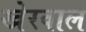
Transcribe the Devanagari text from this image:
खेरवाल